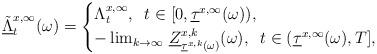
LaTeX: \begin{align*}\underline{\tilde{\Lambda}}^{x,\infty}_t(\omega)=\begin{cases}\Lambda^{x,\infty}_t,\;\;t\in[0,\underline{\tau}^{x,\infty}(\omega)), \\-\lim_{k\to\infty}\,\underline{Z}^{x,k}_{\underline{\tau}^{x,k}(\omega)}(\omega),\;\;t\in(\underline{\tau}^{x,\infty}(\omega),T],\end{cases}\end{align*}